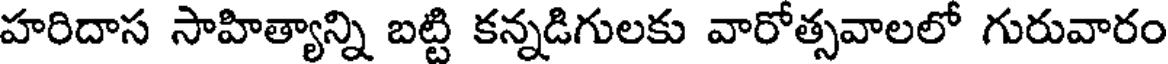
హరిదాస సాహిత్యాన్ని బట్టి కన్నడిగులకు వారోత్సవాలలో గురువారం